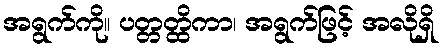
အရွက်ကို။ ပတ္တတ္ထိကာ၊ အရွက်ဖြင့် အလိုရှိ